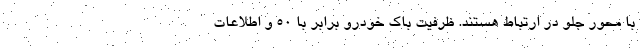
با محور جلو در ارتباط هستند. ظرفیت باک خودرو برابر با 50 و اطلاعات